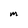
Character: M